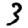
Digit: 3